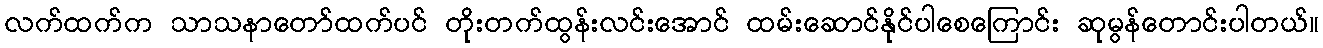
လက်ထက်က သာသနာတော်ထက်ပင် တိုးတက်ထွန်းလင်းအောင် ထမ်းဆောင်နိုင်ပါစေကြောင်း ဆုမွန်တောင်းပါတယ်။